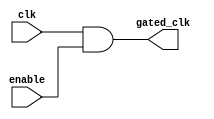
module clock_gating (
    input wire clk,         // Primary clock signal
    input wire enable,      // Enable signal to control clock gating
    output wire gated_clk   // Gated clock signal for memory blocks
);

// Generate the gated clock signal using an AND gate
assign gated_clk = clk & enable;

endmodule